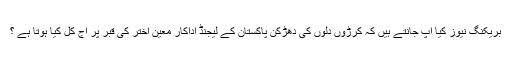
بریکنگ نیوز کیا آپ جانتے ہیں کہ کرڑوں دلوں کی دھڑکن پاکستان کے لیجنڈ اداکار معین اختر کی قبر پر آج کل کیا ہوتا ہے ؟